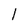
Character: 1